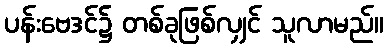
ပန်းဗေဒင်၌ တစ်ခုဖြစ်လျှင် သူလာမည်။